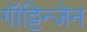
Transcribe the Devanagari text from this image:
गॉट्टिन्जेन